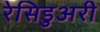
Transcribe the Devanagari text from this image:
रेसिडुअरी